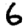
Digit: 6